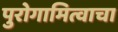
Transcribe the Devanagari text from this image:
पुरोगामित्वाचा